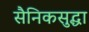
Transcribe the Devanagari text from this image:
सैनिकसुद्धा